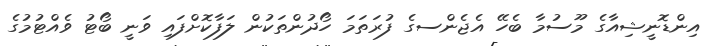
އިންޑޮނީޝިއާގެ މޫސުމާ ބެހޭ އެޖެންސގެ ފުރަތަމަ ހޯދުންތަކުން ލަފާކޮށްފައި ވަނީ ބޯޓު ވެއްޓުމުގެ